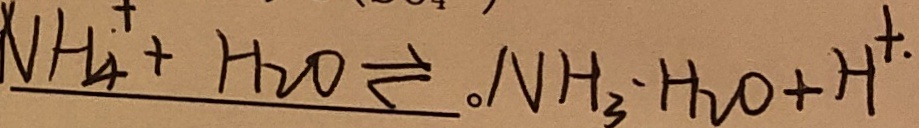
N H _ { 4 } ^ { + } + H _ { 2 } O \rightleftharpoons 。 N H _ { 3 } . H _ { 2 } O + H ^ { + . }